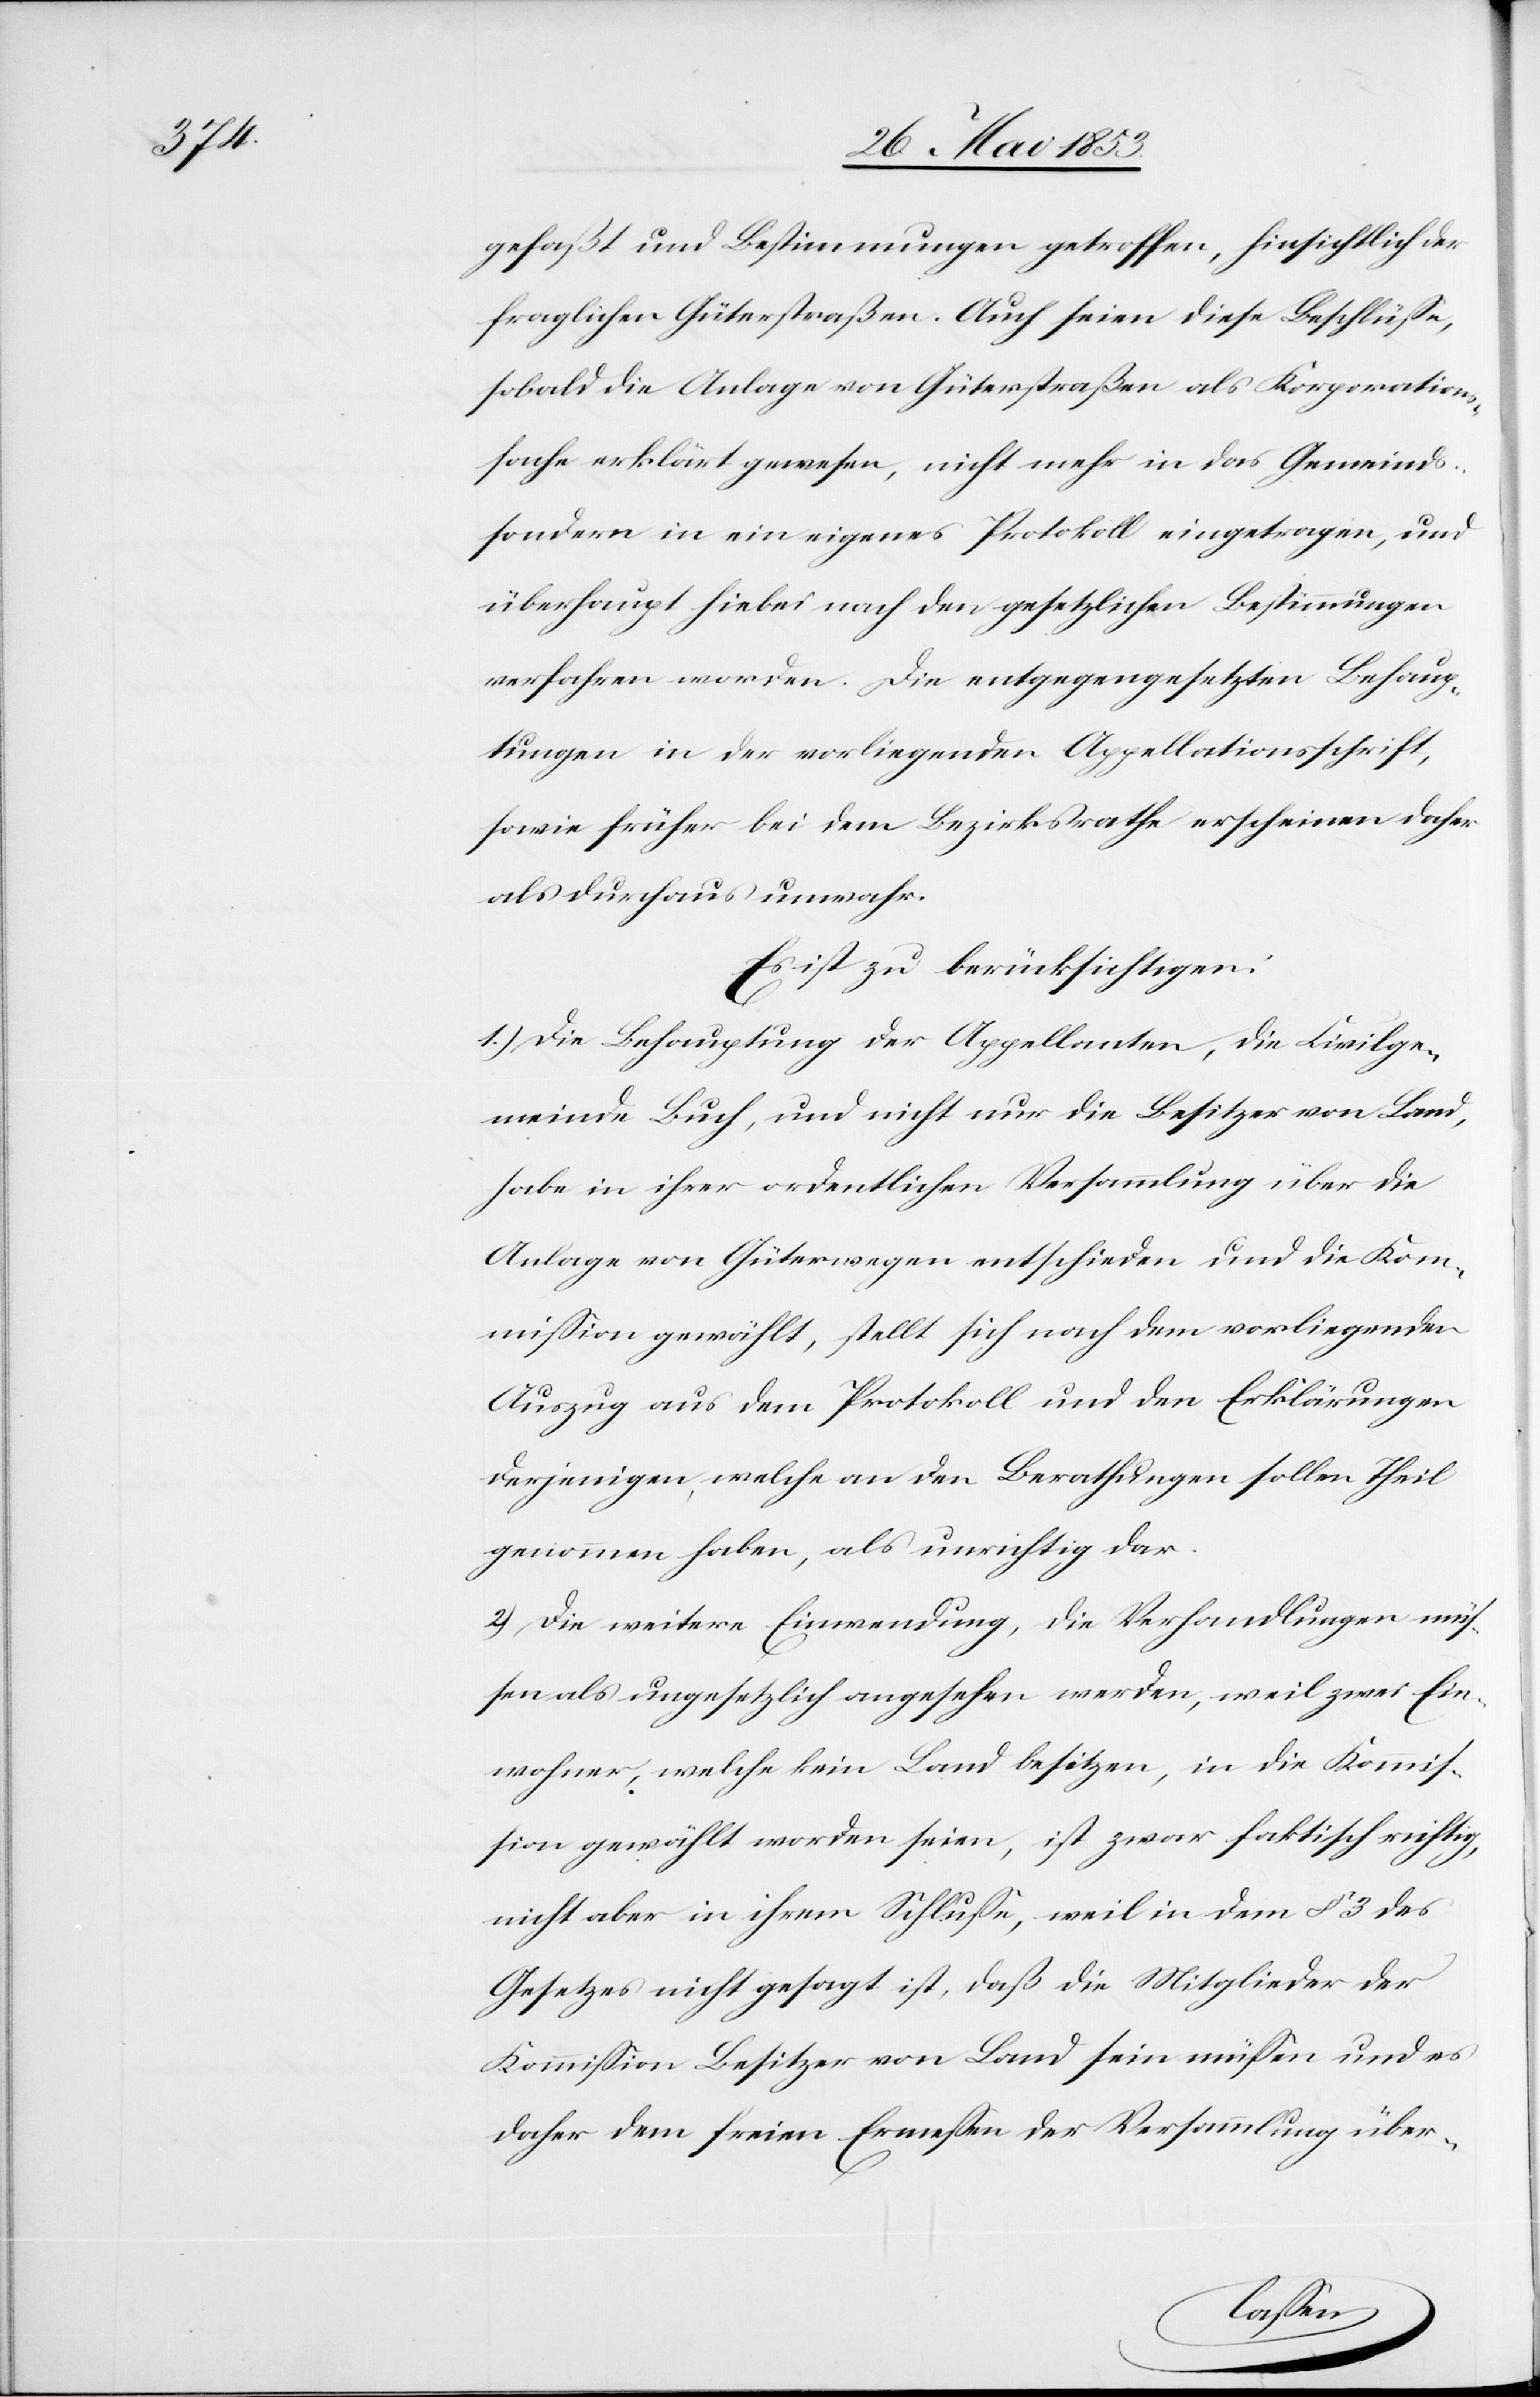
gefaßt und Bestimmungen getroffen, hinsichtlich der
fraglichen Güterstraßen. Auch seien diese Beschlüße,
sobald die Anlage von Güterstraßen als Korporations¬
sache erklärt gewesen, nicht mehr in das Gemeinds-
sondern in ein eigenes Protokoll eingetragen, und
überhaupt hiebei nach den gesetzlichen Bestimmungen
verfahren worden. Die entgegengesetzten Behaup¬
tungen in der vorliegenden Appellationsschrift,
sowie früher bei dem Bezirksrathe erscheinen daher
als durchaus unwahr.
Es ist zu berücksichtigen:
1.) Die Behauptung der Appellanten, die Civilge¬
meinde Buch, und nicht nur die Besitzer von Land,
habe in ihrer ordentlichen Versammlung über die
Anlage von Güterwegen entschieden und die Kom¬
mißion gewählt, stellt sich nach dem vorliegenden
Auszug aus dem Protokoll und den Erklärungen
derjenigen, welche an den Berathungen sollen Theil
genommen haben, als unrichtig dar.
2.) Die weitere Einwendung, die Verhandlungen müs¬
sen als ungesetzlich angesehen werden, weil zwar Ein¬
wohner, welche kein Land besitzen, in die Kommiß¬
ion gewählt worden seien, ist zwar faktisch richtig,
nicht aber in ihrem Schluße, weil in dem § 3 des
Gesetzes nicht gesagt ist, daß die Mitglieder der
Kommißion Besitzer von Land sein müßen und es
daher dem freien Ermeßen der Versammlung über-